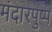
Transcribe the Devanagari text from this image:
मंदारपुष्प